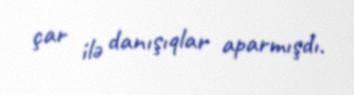
çar ilə danışıqlar aparmışdı.